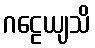
ဂဠေယျသိ